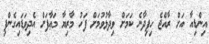
އިންޑިއާ އަށް ރާއްޖެ ހިފިދާނެ ކަމަށް ވިދާޅުވުމަށް ފަހު މާރިޔާ މަޢާފަށް އެދިވަޑައިގެންފި